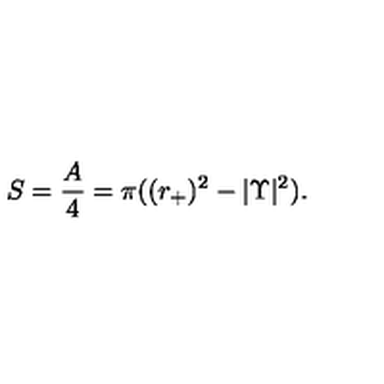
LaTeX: S = { \frac { A } { 4 } } = \pi ( ( r _ { + } ) ^ { 2 } - | \Upsilon | ^ { 2 } ) .